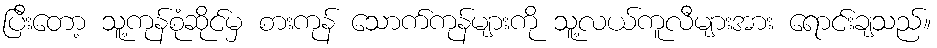
ပြီးတော့ သူ့ကုန်စုံဆိုင်မှ စားကုန် သောက်ကုန်များကို သူ့လယ်ကူလီများအား ရောင်းချသည်။